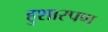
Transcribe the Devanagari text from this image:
हुशारपण